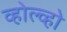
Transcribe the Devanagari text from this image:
व्होल्व्हो